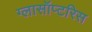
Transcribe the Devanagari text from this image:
ग्लासॉप्टरिस